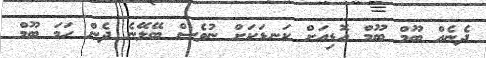
ދެނެއް ބޫމް ބޫމް އޮޑިއަށް ކަނޑަކަށް ނުވެސް ބޭލޭނެ ދެން ހަމަ ބޫމް